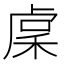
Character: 𥟃